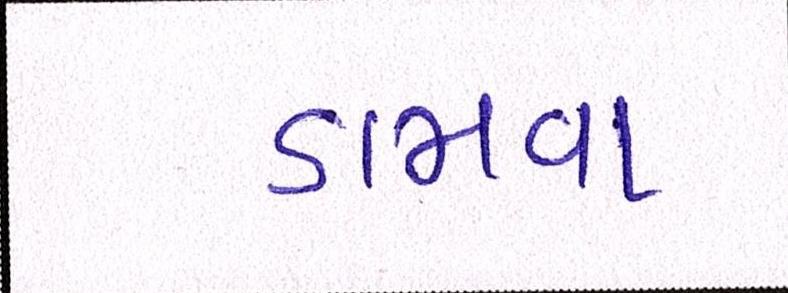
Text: ડામવા